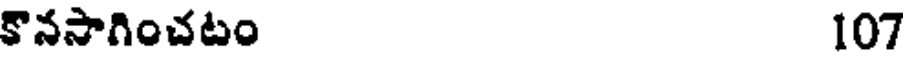
కొనసాగించటం 107